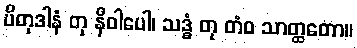
ပိတုဒါနံ တု နိဝါပေါ၊ သဒ္ဓံ တု တံဝ သာတ္ထတော။